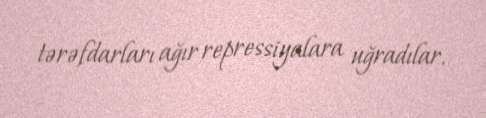
tərəfdarları ağır repressiyalara uğradılar.